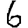
Digit: 6